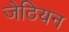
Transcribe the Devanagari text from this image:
जेठियन